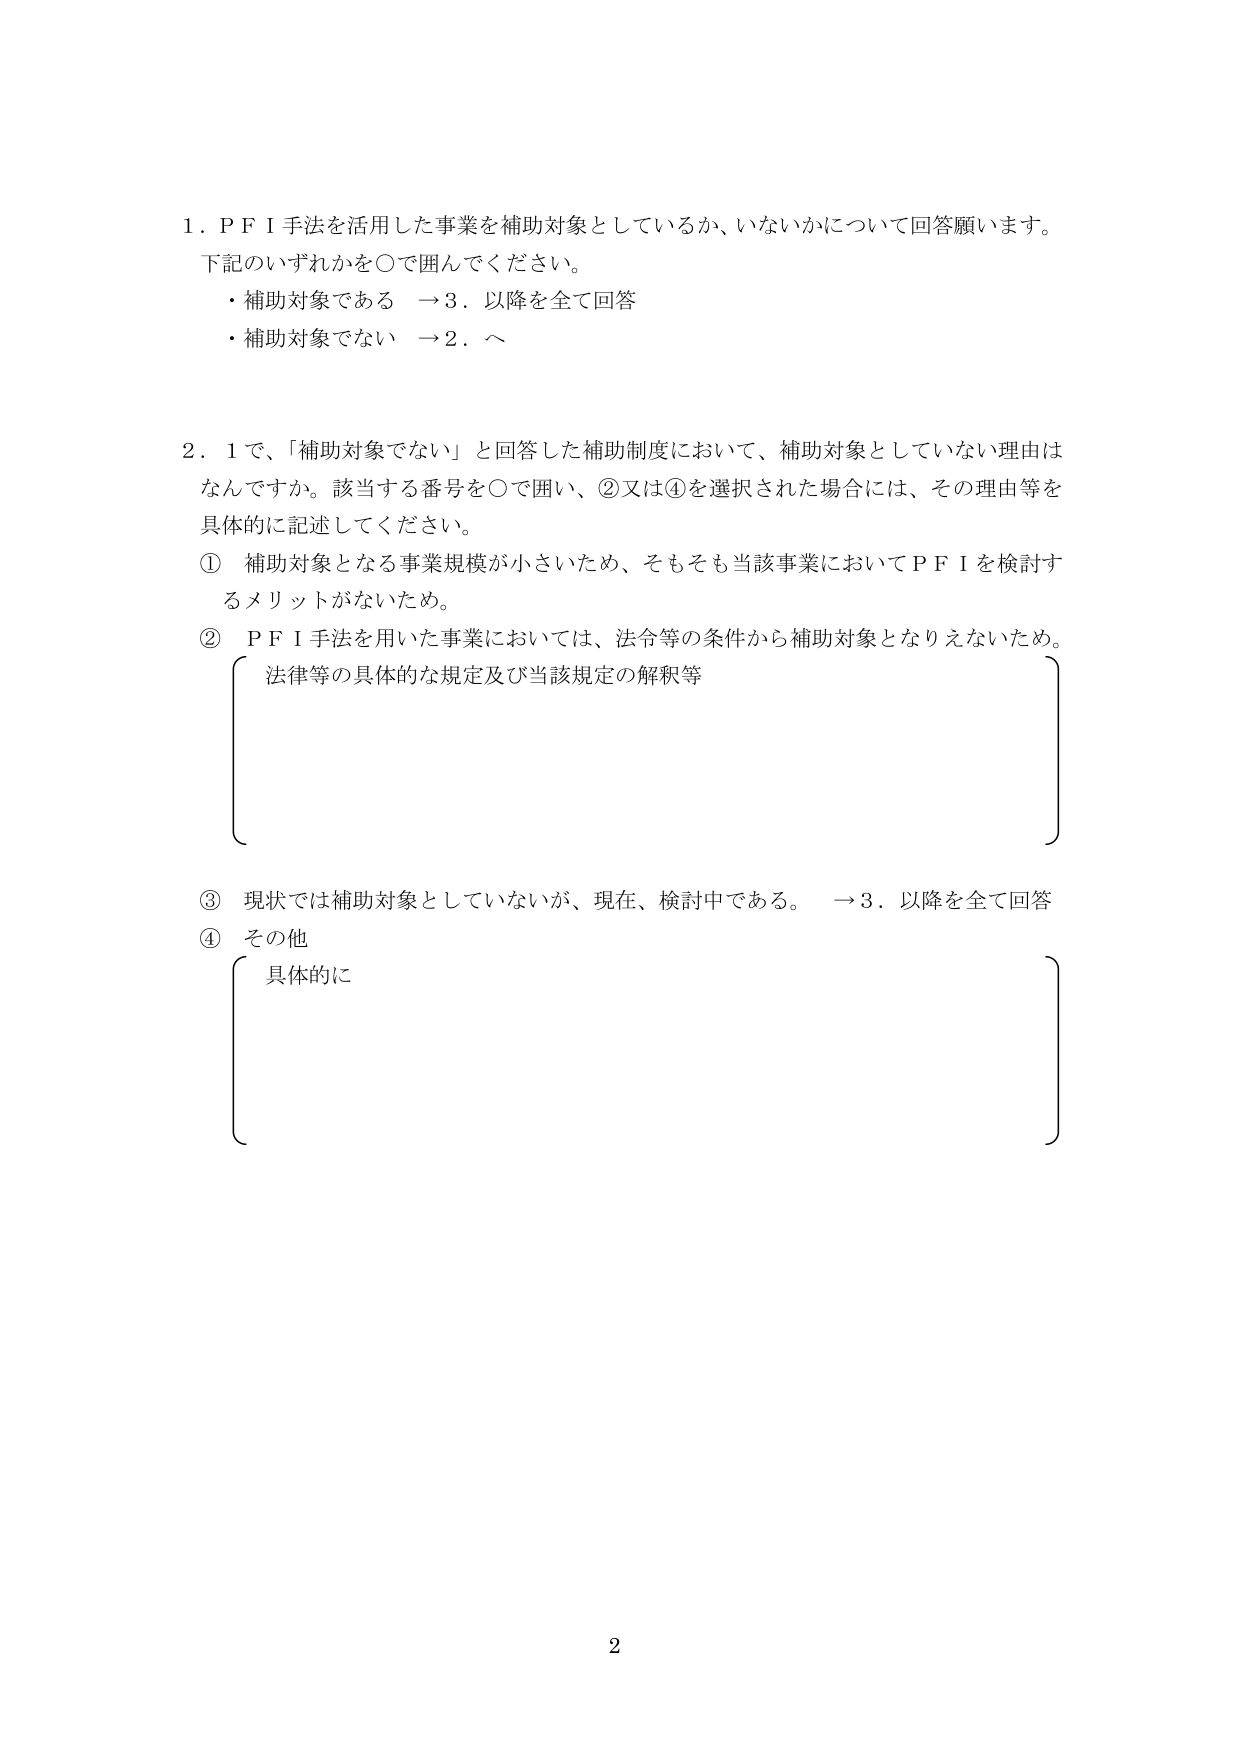
1．ＰＦＩ手法を活用した事業を補助対象としているか、いないかについて回答願います。
下記のいずれかを○で囲んでください。
・補助対象である　→3．以降を全て回答
・補助対象でない　→2．へ

2．1で、「補助対象でない」と回答した補助制度において、補助対象としていない理由はなんですか。該当する番号を○で囲い、②又は④を選択された場合には、その理由等を具体的に記述してください。
①　補助対象となる事業規模が小さいため、そもそも当該事業においてＰＦＩを検討するメリットがないため。
②　ＰＦＩ手法を用いた事業においては、法令等の条件から補助対象となりえないため。
　　　法律等の具体的な規定及び当該規定の解釈等
③　現状では補助対象としていないが、現在、検討中である。　→3．以降を全て回答
④　その他
　　　具体的に

2